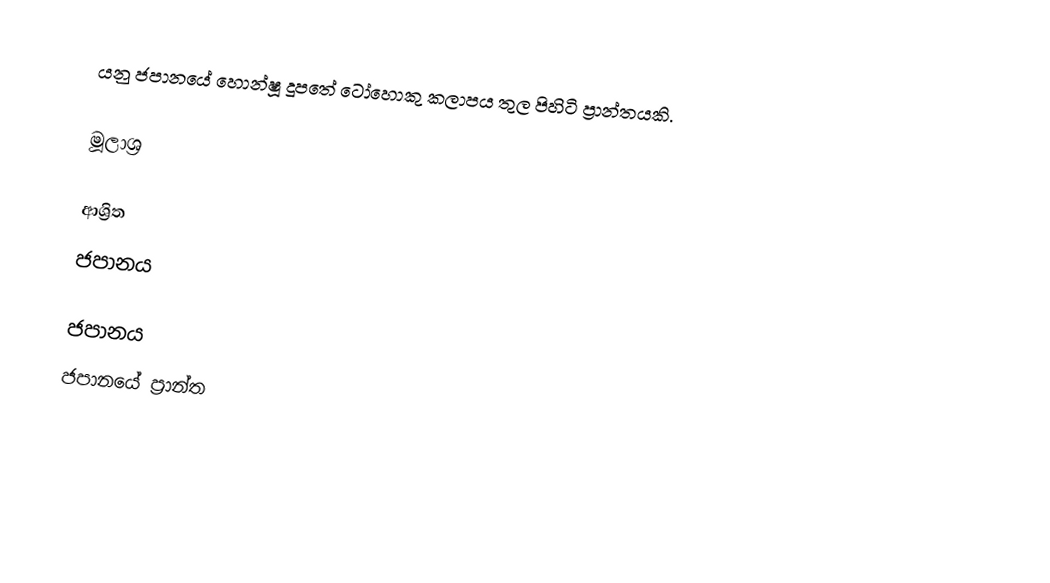
යනු ජපානයේ හොන්ෂූ දූපතේ ටෝහොකු කලාපය තුල පිහිටි ප්‍රාන්තයකි.

මූලාශ්‍ර

ආශ්‍රිත
 ජපානය

ජපානය
ජපානයේ ප්‍රාන්ත